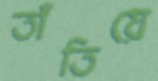
তাঁতিয়ে